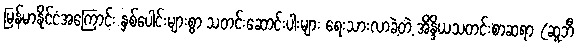
မြန်မာနိုင်ငံအကြောင်း နှစ်ပေါင်းများစွာ သတင်းဆောင်းပါးများ ရေးသားလာခဲ့တဲ့ အိန္ဒိယသတင်းစာဆရာ (ဆူဘီ